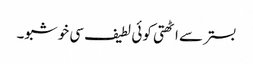
بستر سے اٹھتی کوئی لطیف سی خوشبو۔